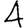
Digit: 4